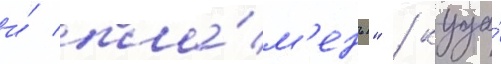
и́ пла́м'ень" / куда́